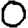
Digit: 0